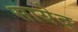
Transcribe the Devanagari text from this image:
सायेद